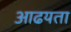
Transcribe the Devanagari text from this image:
आढयता